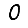
Digit: 0